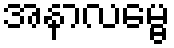
အနာလမ္ဗေ